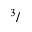
^ 3 /